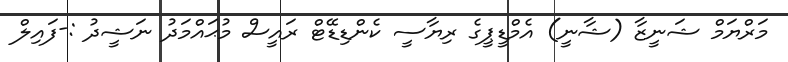
މަރްޔަމް ޝަނީޒާ (ޝާނީ) އެމްޑީޕީގެ ރިޔާސީ ކެންޑިޑޭޓް ރައީސް މުޙައްމަދު ނަޝީދު :-ފައިލް